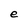
Character: e